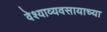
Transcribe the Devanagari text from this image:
वेश्याव्यवसायाच्या